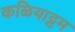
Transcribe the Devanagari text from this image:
कळियाट्टम